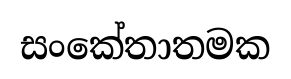
සංකේතාතමක